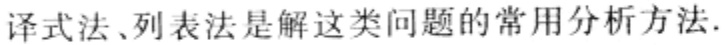
译式法、列表法是解这类问题的常用分析方法.